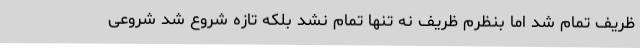
ظریف تمام شد اما بنظرم ظریف نه تنها تمام نشد بلکه تازه شروع شد شروعی